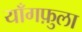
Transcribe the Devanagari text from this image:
याँगफ़ुला